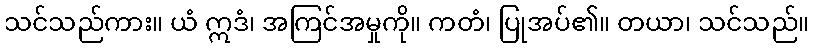
သင်သည်ကား။ ယံ ဣဒံ၊ အကြင်အမှုကို။ ကတံ၊ ပြုအပ်၏။ တယာ၊ သင်သည်။